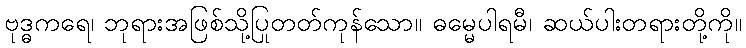
ဗုဒ္ဓကရေ၊ ဘုရားအဖြစ်သို့ပြုတတ်ကုန်သော။ ဓမ္မေပါရမီ၊ ဆယ်ပါးတရားတို့ကို။